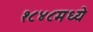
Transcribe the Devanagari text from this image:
१८४८मध्ये